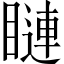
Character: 𥊩